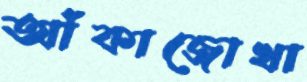
আঁকাজোখা